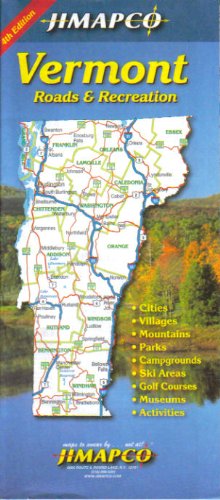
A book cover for Vermont Roads & Recreation; JIMAPCO Inc.; Travel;